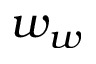
w _ { w }